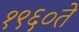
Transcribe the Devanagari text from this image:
१९६०ते